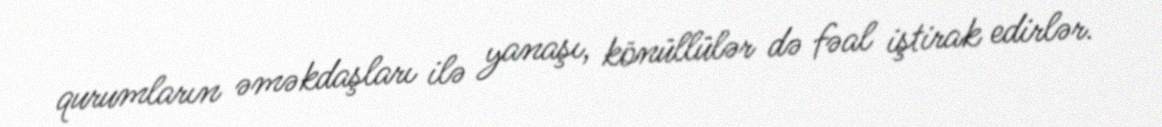
qurumların əməkdaşları ilə yanaşı, könüllülər də fəal iştirak edirlər.